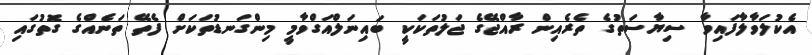
އެކުލަވާލާފައިވާ ސިޔާސަތުގެ ތެރެއިން ރާއްޖޭގެ ޖަލުތަކަކީ ބައިނަލްއަގްވާމީ މިންގަނޑުތަކަށް ފެތޭ ތަނެއްގެ ގޮތުގައި